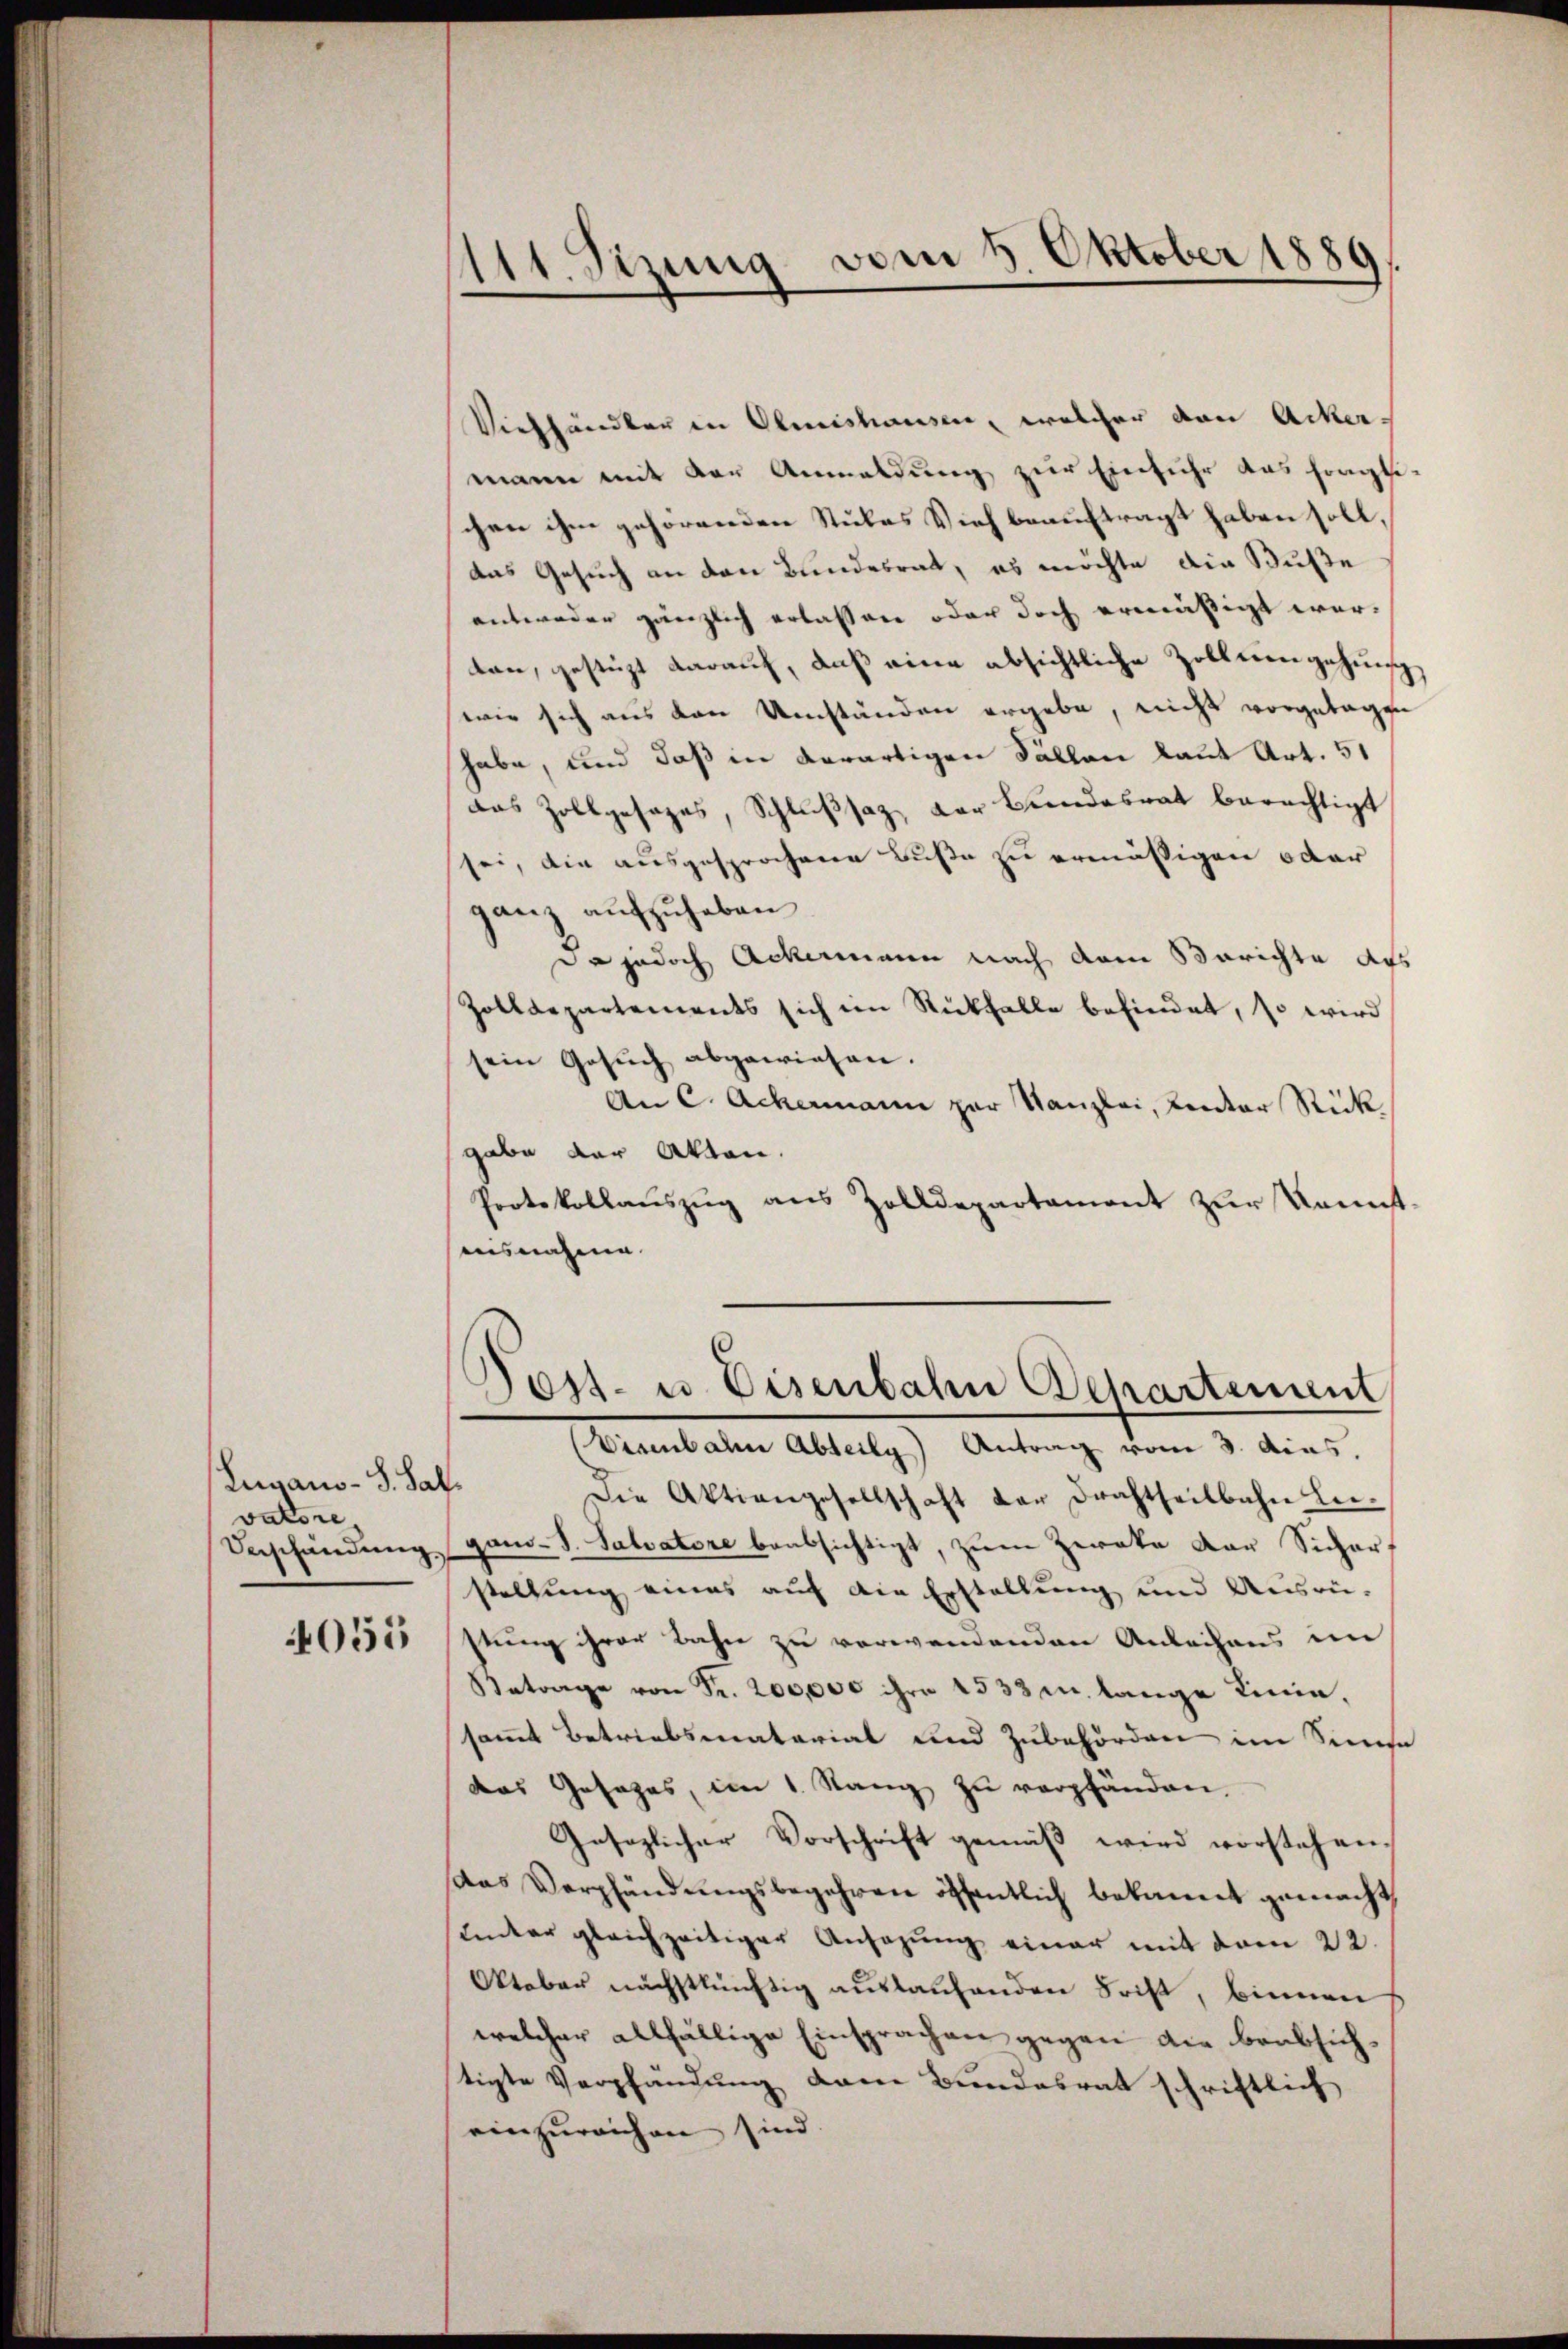
Lugano-S. Sal
valore
Veschändung

4055

111. Sizung vom 8. Oktober 1889.

Viehhändler in Olmishausen, welcher von Ackermann mit der Anmeldung zur Einfuhr das fragli
chen ihm gehörenden Stubes Vieh beauftragt haben soll,
das Gesuch an den Bundesrat, es möchte die Buße
antweder gänzlich erlassen oder doch ermäßigt wor-
ten, gestüzt darauf, daß eine absichtliche Zolliengehung
wie sich aus den Umständen ergebe, nicht vorgetagen
habe, und daß in derartigen Fällen laut Art. 51
das Zollgesages, Schlußsaz, der Bundesrat berechtigt
sei, die ausgesprochene Buße zu ermäßigen oder
ganz aufzuheben
da jedoch Ackermann nach dem Berichte aus
Zolldepartements sich im Rückfalle befindet, so wird
sein Gesŭch abgewiesen.
An C. Ackermann zur Kanzlei, kentar Stück
gabe der Akten.
Protokollaŭszŭg ans Zolldepartament zur Kaunstausnahme

Vienbahn Abteily) Antrag vom 3. Ains,
Die Aktiengesellschaft der Frachtheilbahn Liegano-S. Salvatore beabsichtigt, zum Zweke der Sicher,
stellung eines auf die Erstellung und Ausrü-
stung ihrer Bahn zu verwendenden Anleihens im
Betrage von Fr. 200,000 ihre 1533 m lange Linie,
samt Betriebsmaterial und Zubehörden im Sinne
das Gesezes, im 1. Rang zu verpfänden.
Gesezlicher Vorschrift gemäß wird vorstehen.
das Verpfändungsbegehren öffentlich bekannt gemacht,
unter gleichzeitiger Ansezung einer mit dem 22.
Oktober nachstkünftig auslaufenden Frist, binnen
welcher allfällige Einsprachen gegen die beabsichtigte Verpfändung dem Bundesrat schriftlich
einzureichen sind.

Post- u. Eisenbahn Departement